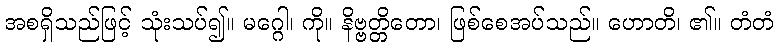
အစရှိသည်ဖြင့် သုံးသပ်၍။ မဂ္ဂေါ၊ ကို။ နိဗ္ဗတ္တိတော၊ ဖြစ်စေအပ်သည်။ ဟောတိ၊ ၏။ တံတံ